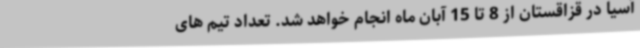
آسیا در قزاقستان از 8 تا 15 آبان ماه انجام خواهد شد. تعداد تیم های